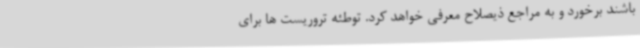
باشند برخورد و به مراجع ذیصلاح معرفی خواهد کرد. توطئه تروریست ها برای